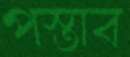
পস্তাব